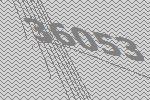
36053